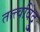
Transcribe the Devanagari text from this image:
तत्त्वविंदु